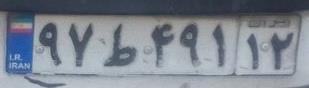
۹۷ط۴۹۱۱۲